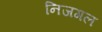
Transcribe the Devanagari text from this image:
निजगल